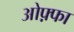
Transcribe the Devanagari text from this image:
ओफ़्फा